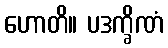
ဟောတိ။ ပဒက္ခိဏံ